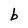
Character: b